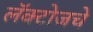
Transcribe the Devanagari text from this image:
लॅक्टोजचे